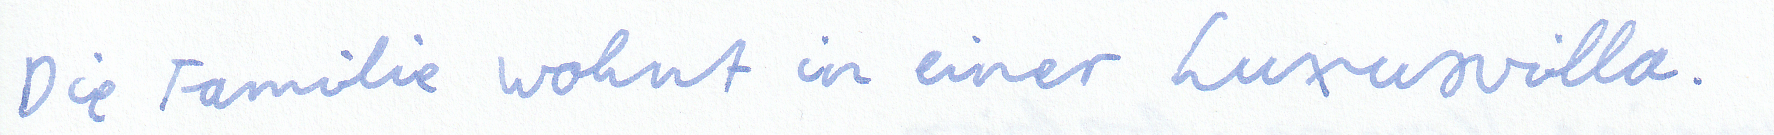
Die Familie wohnt in einer Luxusvilla.